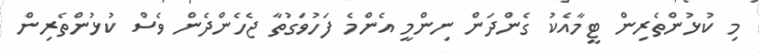
މި ކުޅުންތެރިން ޓީމާއެކު ގެންދަން ނިންމީ އެންމެ ފަހުވަގުތާ ޖެހެންދެން ވެސް ކުޅުންތެރިން